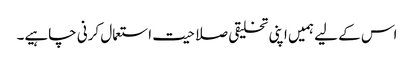
اس کے لیے ہمیں اپنی تخلیقی صلاحیت استعمال کرنی چاہیے۔